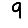
Digit: 9